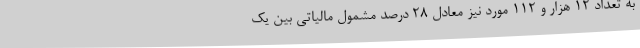
به تعداد ۱۲ هزار و ۱۱۲ مورد نیز معادل ۲۸ درصد مشمول مالیاتی بین یک